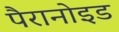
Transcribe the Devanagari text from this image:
पैरानोइड